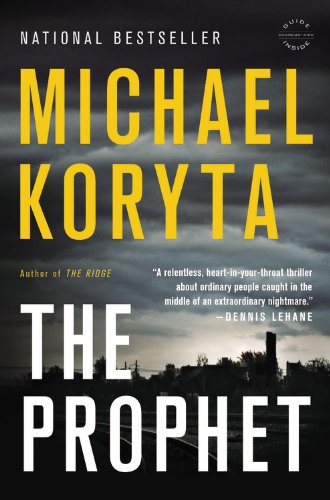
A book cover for The Prophet; Michael Koryta; Literature & Fiction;